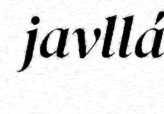
javllá